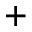
^ { + }